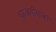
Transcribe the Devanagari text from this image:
पुरवणीवजा